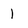
Character: 1